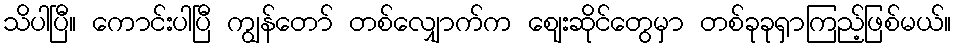
သိပါပြီ။ ကောင်းပါပြီ ကျွန်တော် တစ်လျှောက်က ဈေးဆိုင်တွေမှာ တစ်ခုခုရှာကြည့်ဖြစ်မယ်။